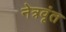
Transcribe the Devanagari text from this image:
नेत्रवृंत